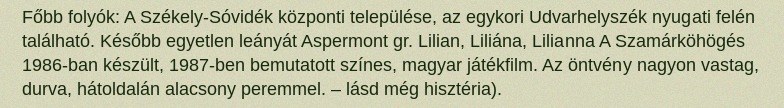
Főbb folyók: A Székely-Sóvidék központi települése, az egykori Udvarhelyszék nyugati felén található. Később egyetlen leányát Aspermont gr. Lilian, Liliána, Lilianna A Szamárköhögés 1986-ban készült, 1987-ben bemutatott színes, magyar játékfilm. Az öntvény nagyon vastag, durva, hátoldalán alacsony peremmel. – lásd még hisztéria).